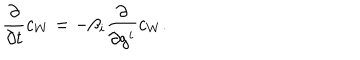
{ \frac { \partial } { \partial t } } c _ { W } = - \beta _ { i } { \frac { \partial } { \partial g ^ { i } } } c _ { W } .